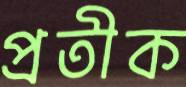
প্রতীক